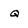
Character: Q